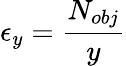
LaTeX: \epsilon_{y}=\frac{N_{obj}}{y}